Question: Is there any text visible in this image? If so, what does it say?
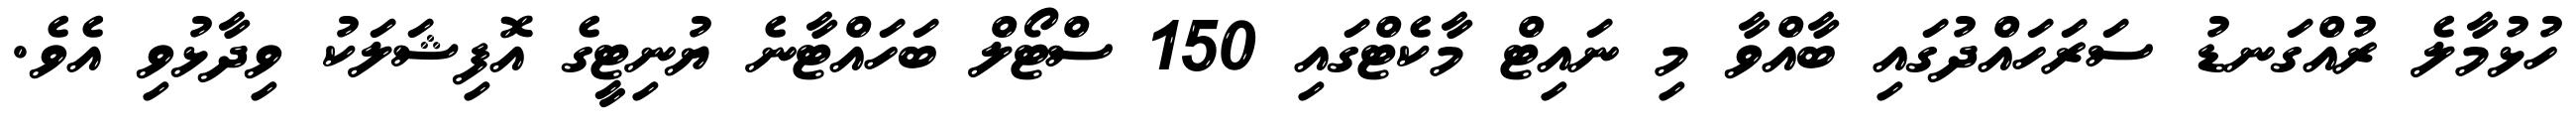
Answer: ހުޅުމާލެ ރުއްގަނޑު ސަރަހައްދުގައި ބާއްވާ މި ނައިޓް މާކެޓްގައި 150 ސްޓޯލް ބަހައްޓާނެ ޔުނިޓީގެ އޮފިޝަލަކު ވިދާޅުވި އެވެ.